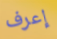
إعرف